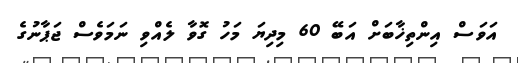
އަވަސް އިންތިޚާބަށް އަބޭ 60 މިދިޔަ މަހު ގޮވާ ލެއްވި ނަމަވެސް ޖަޕާނުގެ